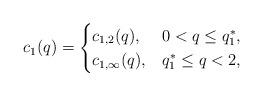
LaTeX: \begin{align*}c_1(q) = \begin{cases} c_{1,2}(q), & 0 < q \leq q_1^*, \\ c_{1,\infty}(q), & q_1^* \leq q < 2, \end{cases}\end{align*}